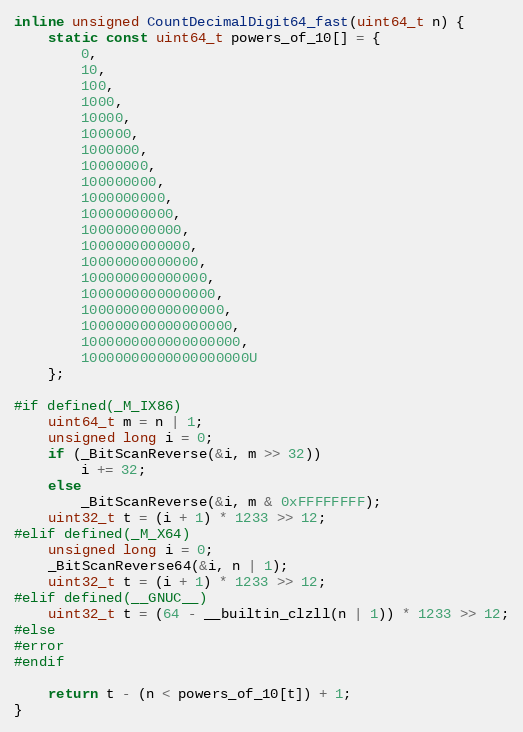
Language: C++
inline unsigned CountDecimalDigit64_fast(uint64_t n) {
    static const uint64_t powers_of_10[] = {
        0,
        10,
        100,
        1000,
        10000,
        100000,
        1000000,
        10000000,
        100000000,
        1000000000,
        10000000000,
        100000000000,
        1000000000000,
        10000000000000,
        100000000000000,
        1000000000000000,
        10000000000000000,
        100000000000000000,
        1000000000000000000,
        10000000000000000000U
    };

#if defined(_M_IX86)
    uint64_t m = n | 1;
    unsigned long i = 0;
    if (_BitScanReverse(&i, m >> 32))
        i += 32;
    else
        _BitScanReverse(&i, m & 0xFFFFFFFF);
    uint32_t t = (i + 1) * 1233 >> 12;
#elif defined(_M_X64)
    unsigned long i = 0;
    _BitScanReverse64(&i, n | 1);
    uint32_t t = (i + 1) * 1233 >> 12;
#elif defined(__GNUC__)
    uint32_t t = (64 - __builtin_clzll(n | 1)) * 1233 >> 12;
#else
#error
#endif

    return t - (n < powers_of_10[t]) + 1;
}